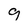
Character: g